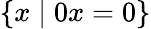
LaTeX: \{ x\mid 0x=0\}